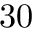
3 0